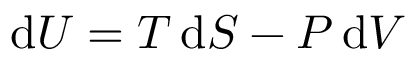
\mathrm { d } U = T \, \mathrm { d } S - P \, \mathrm { d } V